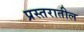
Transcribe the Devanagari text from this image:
प्रस्तरातील